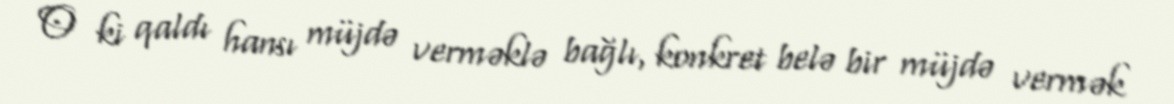
O ki qaldı hansı müjdə verməklə bağlı, konkret belə bir müjdə vermək